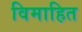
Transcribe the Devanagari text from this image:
विमाहित